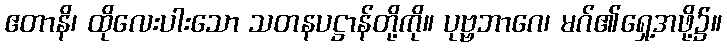
ဧတာနိ၊ ထိုလေးပါးသော သတနပဋ္ဌာန်တို့ကို။ ပုဗ္ဗဘာဂေ၊ မဂ်၏ရှေ့အဖို့၌။